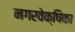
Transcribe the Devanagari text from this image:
नगरवेक्षिका